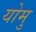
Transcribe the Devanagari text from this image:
योमु